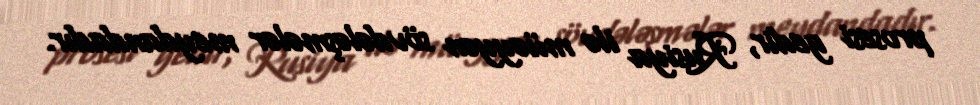
prosesi gedir, Rusiya ilə müəyyən sövdələşmələr meydandadır.